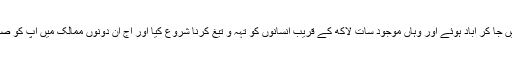
1788ء میں برطانوی لوگ آسٹریلیا اور نیوزی لینڈ کے علاقوں میں جا کر آباد ہوئے اور وہاں موجود سات لاکھ کے قریب انسانوں کو تہہ و تیغ کرنا شروع کیا اور آج ان دونوں ممالک میں آپ کو صرف اور صرف گورا کلچر (white man culture)نظر آئے گا۔